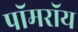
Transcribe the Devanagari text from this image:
पॉमरॉय